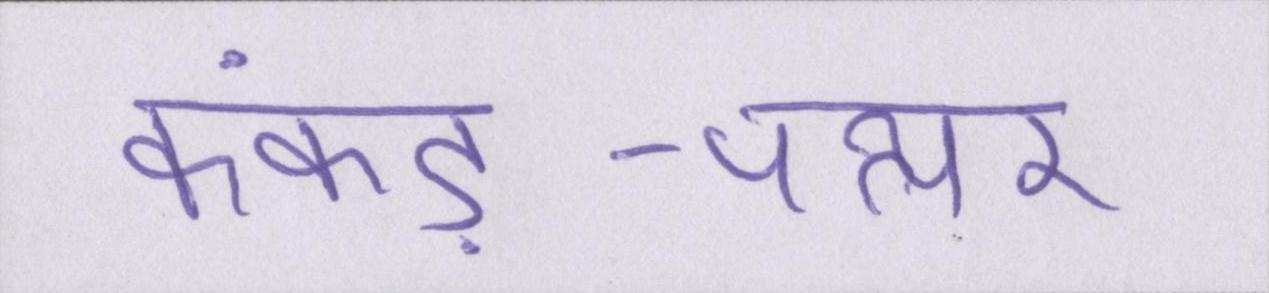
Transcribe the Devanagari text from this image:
कंकड़-पत्थर